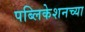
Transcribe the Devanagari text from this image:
पब्लिकेशनच्या